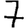
Digit: 7